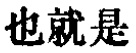
也就是